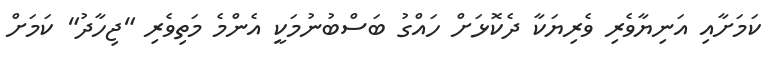
ކަމަށާއި އަނިޔާވެރި ވެރިޔަކާ ދެކޮޅަށް ހައްގު ބަސްބުނުމަކީ އެންމެ މަތިވެރި "ޖިހާދު" ކަމަށް